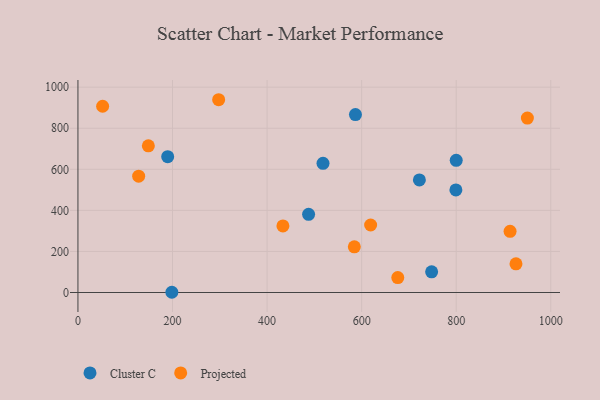
{"axis": {"x": "Price", "y": "Exam Score"}, "legend": ["Cluster C", "Projected"], "data": [{"x": "748.0", "y": 100.8, "type": "Cluster C"}, {"x": "518.3", "y": 629.0, "type": "Cluster C"}, {"x": "487.8", "y": 380.9, "type": "Cluster C"}, {"x": "722.1", "y": 548.2, "type": "Cluster C"}, {"x": "198.6", "y": 1.1, "type": "Cluster C"}, {"x": "800.0", "y": 643.8, "type": "Cluster C"}, {"x": "189.8", "y": 661.7, "type": "Cluster C"}, {"x": "586.9", "y": 866.7, "type": "Cluster C"}, {"x": "799.3", "y": 499.8, "type": "Cluster C"}, {"x": "950.5", "y": 849.7, "type": "Projected"}, {"x": "148.9", "y": 714.3, "type": "Projected"}, {"x": "52.2", "y": 907.3, "type": "Projected"}, {"x": "297.6", "y": 939.0, "type": "Projected"}, {"x": "433.5", "y": 324.1, "type": "Projected"}, {"x": "584.5", "y": 222.5, "type": "Projected"}, {"x": "676.4", "y": 72.6, "type": "Projected"}, {"x": "128.4", "y": 566.7, "type": "Projected"}, {"x": "619.0", "y": 328.9, "type": "Projected"}, {"x": "926.4", "y": 139.8, "type": "Projected"}, {"x": "913.9", "y": 298.0, "type": "Projected"}]}